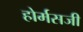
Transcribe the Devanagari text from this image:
होर्मसजी